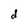
Character: d